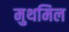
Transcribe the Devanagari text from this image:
मुथमिल